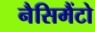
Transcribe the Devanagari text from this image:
नैसिमैंटो